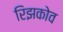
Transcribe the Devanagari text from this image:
रिझकोव